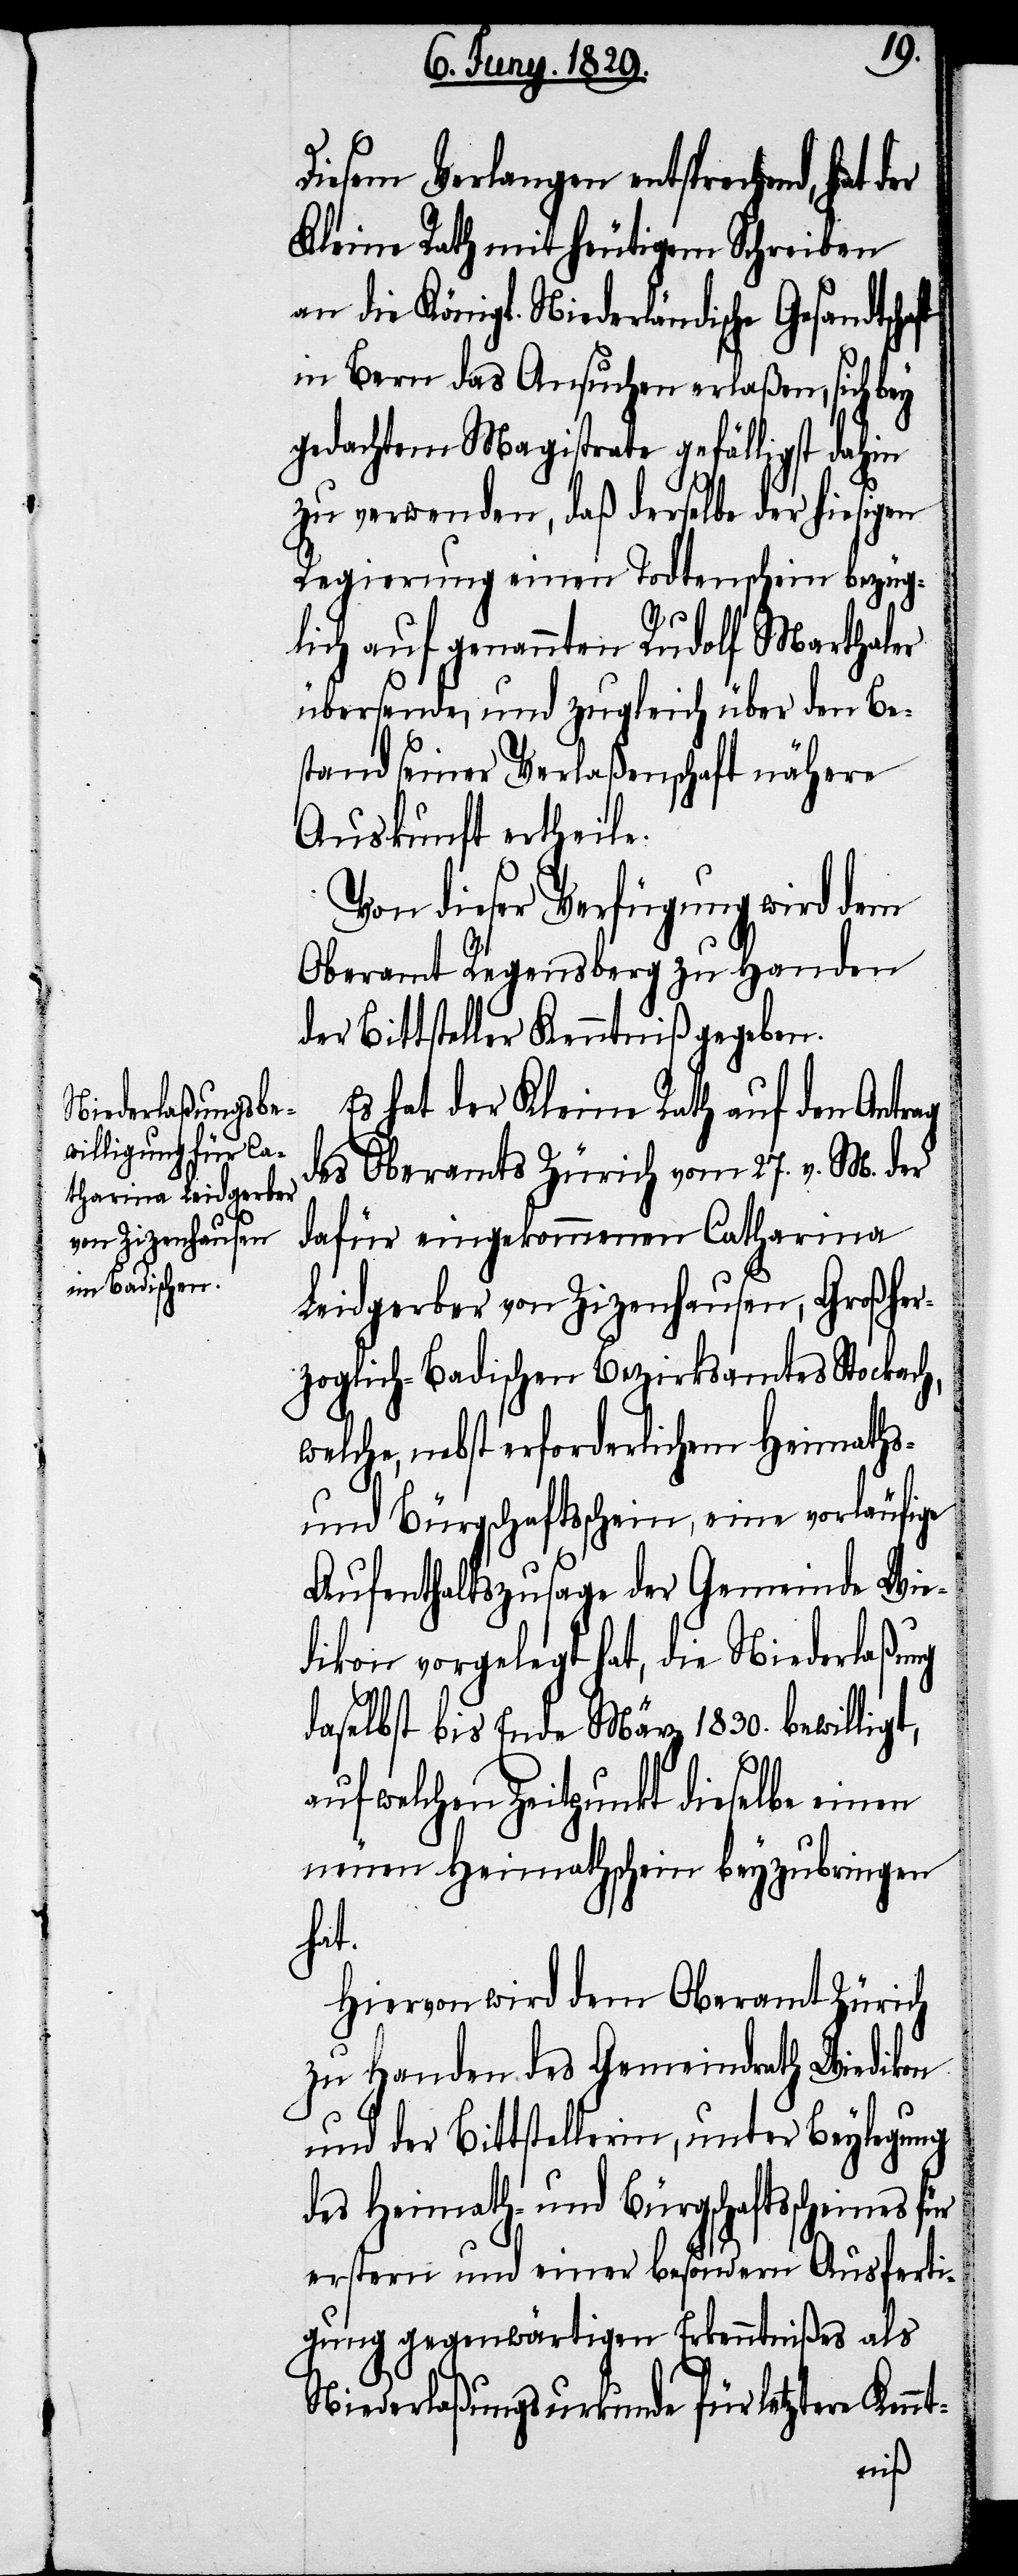
Diesem Verlangen entsprechend,
Kleine Rath mit heutigem Schreiben
an die Königl. Niederländische Gesandtsc¬
in Bern das Ansuchen erlaßen, sich bey
gedachtem Magistrate gefälligst dahin
zu verwenden, daß derselbe der hiesigen
Regierung einen Todtenschein bezüg¬
lich auf genannten Rudolf Marthaler
übersende, und zugleich über den Be¬
stand seiner Verlaßenschaft nähere
Auskunft ertheile.
Von dieser Verfügung wird dem
Oberamt Regensberg zu Handen
der Bittsteller Kenntniß gegeben.
Es hat der Kleine Rath auf den Antrag
des Oberamts Zürich vom 27. v. M. der
dafür eingekommenen Catharina
Leidgerber von Zizenhausen, Großher¬
zoglich-Badischen Bezirksamtes Stockach,
welche, nebst erforderlichem Heimaths-
und Bürgschaftsschein, eine vorläufige
Aufenthaltszusage der Gemeinde Wie¬
dikon vorgelegt hat, die Niederlaßung
daselbst bis Ende März 1830. bewilligt,
welchen Zeitpunkt dieselbe einen
neuen Heimathschein beyzubringen
hat.
Hiervon wird dem Oberamt Zürich
zu Handen des Gemeindraths Wiedikon
und der Bittstellerin, unter Beylegung
des Heimath- und Bürgschaftsscheines
erstern und einer besondern Ausferti¬
gung gegenwärtigen Erkenntnißes als
Niederlaßungsurkunde für letzere Ken¬
nt-